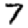
Digit: 7